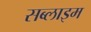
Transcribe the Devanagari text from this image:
सब्लाइम